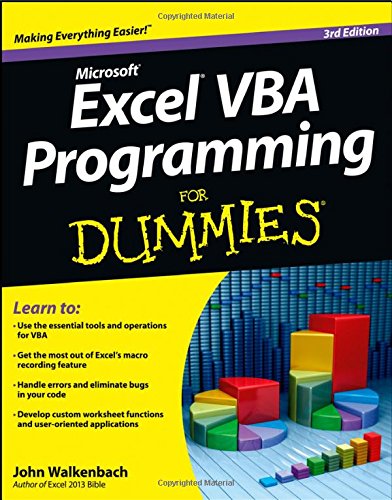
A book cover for Excel VBA Programming For Dummies; John Walkenbach; Computers & Technology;